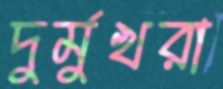
দুর্মুখরা